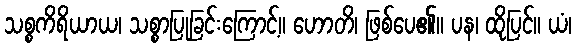
သစ္စကိရိယာယ၊ သစ္စာပြုခြင်းကြောင့်။ ဟောတိ၊ ဖြစ်ပေ၏။ ပန၊ ထိုပြင်။ ယံ၊